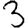
Digit: 3